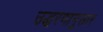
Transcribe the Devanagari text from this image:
उद्धरणानुसार